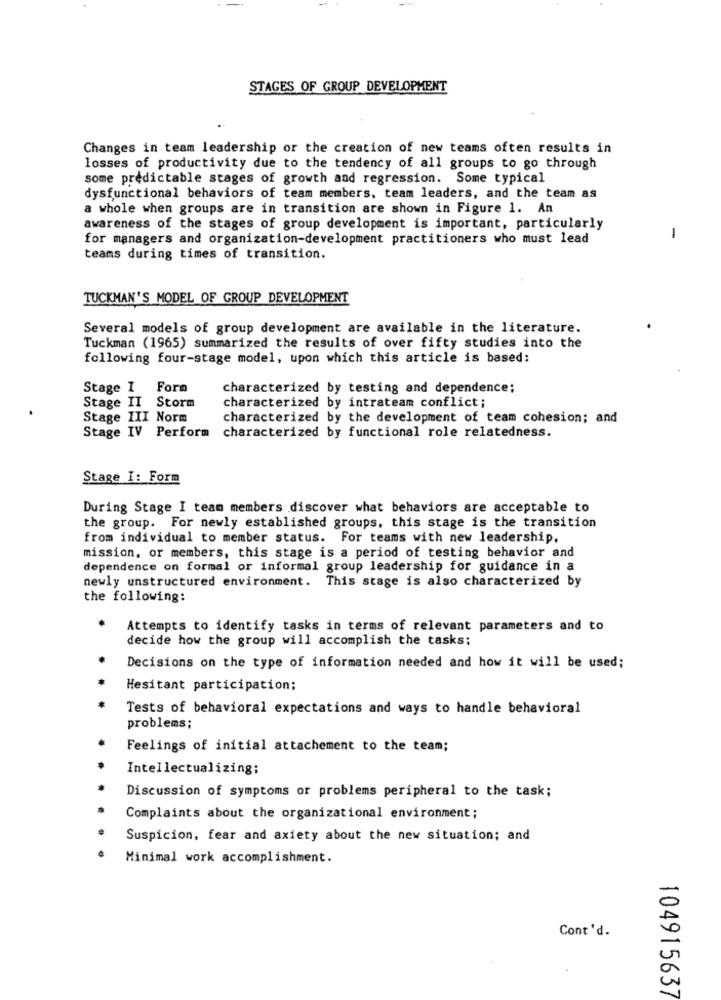
STAGES OF GROUP DEVELOPMENT
Changes in team leadership or the creation of new teams often results in
losses of productivity due to the tendency of all groups to go through
some predictable stages of growth and regression. Some typical
dysfunctional behaviors of team members, team leaders, and the team as
a whole when groups are in transition are shown in Figure 1. An
awareness of the stages of group development is important, particularly
for managers and organization-development practitioners who must lead
-
teams during times of transition.
TUCKMAN'S MODEL OF GROUP DEVELOPMENT
Several models of group development are available in the literature.
Tuckman (1965) summarized the results of over fifty studies into the
following four-stage model, upon which this article is based:
Stage I Form
characterized by testing and dependence;
Stage II Storm
characterized by intrateam conflict;
Stage III Norm
characterized by the development of team cohesion; and
Stage IV Perform characterized by functional role relatedness.
Stage I: Form
During Stage I team members discover what behaviors are acceptable to
the group. For newly established groups, this stage is the transition
from individual to member status. For teams with new leadership,
mission, or members, this stage is a period of testing behavior and
dependence on formal or informal group leadership for guidance in a
newly unstructured environment. This stage is also characterized by
the following:
Attempts to identify tasks in terms of relevant parameters and to
decide how the group will accomplish the tasks;
Decisions on the type of information needed and how it will be used;
Hesitant participation;
Tests of behavioral expectations and ways to handle behavioral
problems;
Feelings of initial attachement to the team;
Intellectualizing;
Discussion of symptoms or problems peripheral to the task;
Complaints about the organizational environment;
Suspicion, fear and axiety about the new situation; and
Minimal work accomplishment.
Cont'd.
104915637